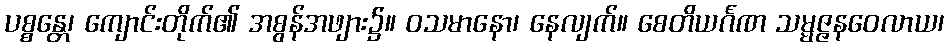
ပစ္စန္တေ၊ ကျောင်းတိုက်၏ အစွန်အဖျား၌။ ဝသမာနော၊ နေလျက်။ စေတိယင်္ဂဏ သမ္မဇ္ဇနဝေလာယ၊